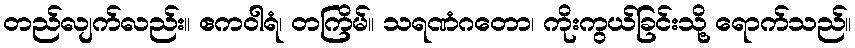
တည်လျက်လည်း။ ဧကဝါရံ၊ တကြိမ်။ သရဏံဂတော၊ ကိုးကွယ်ခြင်းသို့ ရောက်သည်။